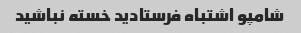
شامپو اشتباه فرستادید خسته نباشید